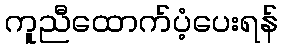
ကူညီထောက်ပံ့ပေးရန်